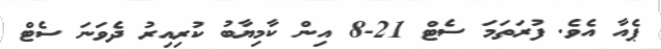
ޕެއާ އެވެ. ފުރަތަމަ ސެޓް 21-8 އިން ކާމިޔާބު ކުރިއިރު ދެވަނަ ސެޓް